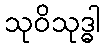
သုဝိသုဒ္ဓါ